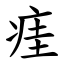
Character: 㾏